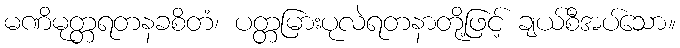
မဏိမုတ္တရတနခစိတံ၊ ပတ္တမြားပုလဲရတနာတို့ဖြင့် ချယ်စီအပ်သော။